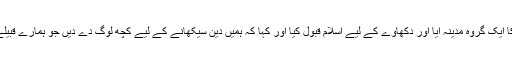
ایک موقع پر کفار کا ایک گروہ مدینہ آیا اور دکھاوے کے لیے اسلام قبول کیا اور کہا کہ ہمیں دین سیکھانے کے لیے کچھ لوگ دے دیں جو ہمارے قبیلے کو دین سیکھائیں۔